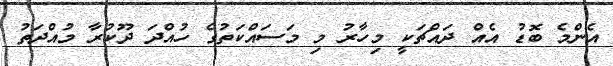
އެންމެ ބޮޑު އެއް ދައްޗަކީ މިހާރު މި މަސައްކަތުގެ ހުއްދަ ދޫކުރާ މުއްދަތު